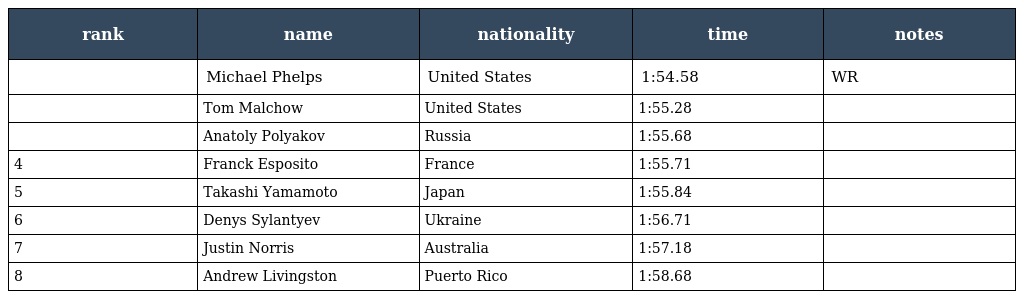
| rank | name | nationality | time | notes |
 | --- | --- | --- | --- | --- |
 |  | Michael Phelps | United States | 1:54.58 | WR |
 |  | Tom Malchow | United States | 1:55.28 |  |
 |  | Anatoly Polyakov | Russia | 1:55.68 |  |
 | 4 | Franck Esposito | France | 1:55.71 |  |
 | 5 | Takashi Yamamoto | Japan | 1:55.84 |  |
 | 6 | Denys Sylantyev | Ukraine | 1:56.71 |  |
 | 7 | Justin Norris | Australia | 1:57.18 |  |
 | 8 | Andrew Livingston | Puerto Rico | 1:58.68 |  |